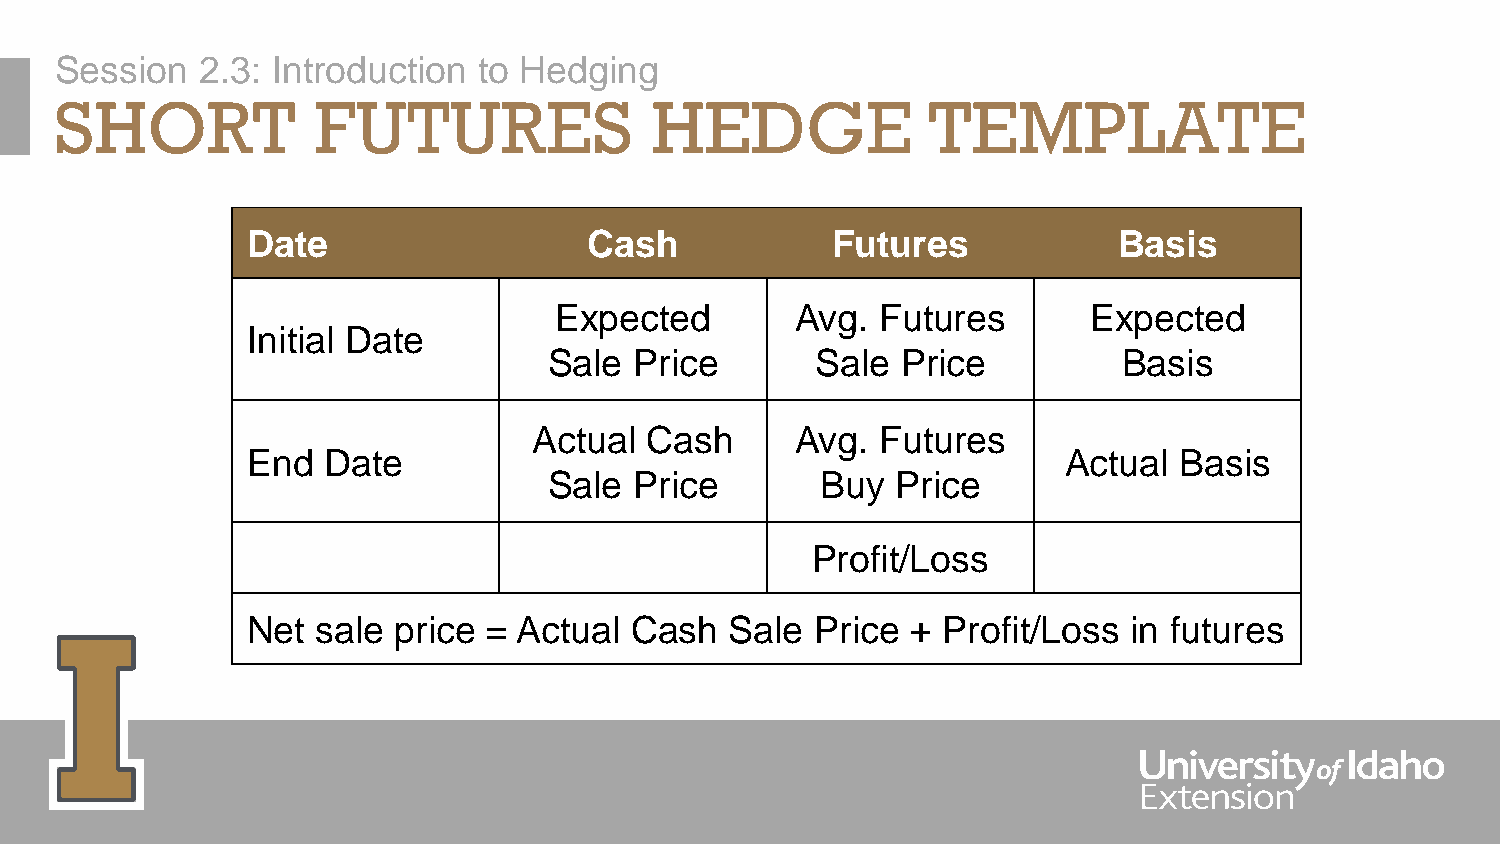
Session  2.3: Introduction  to Hedging
 SHORT            FUTURES               HEDGE             TEMPLATE
 Date                   Cash            Futures            Basis
 Expected        Avg. Futures       Expected
 Initial Date
 Sale  Price       Sale  Price         Basis
 Actual  Cash      Avg. Futures
 End  Date                                             Actual  Basis
 Sale  Price       Buy  Price
 Profit/Loss
 Net  sale price = Actual  Cash  Sale  Price + Profit/Loss  in futures